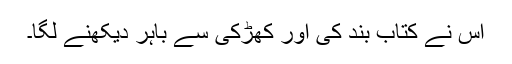
اس نے کتاب بند کی اور کھڑکی سے باہر دیکھنے لگا۔